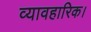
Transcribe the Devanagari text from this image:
व्यावहारिक।